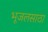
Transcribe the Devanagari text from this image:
भूजलसाठा